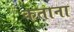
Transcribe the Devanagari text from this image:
कताना